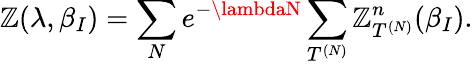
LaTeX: \mathbb{Z}(\lambda,\beta_{I})=\sum_{N}e^{-\lambdaN}\sum_{T^{(N)}}\mathbb{Z}_{T^{(N)}}^{n}(\beta_{I}).